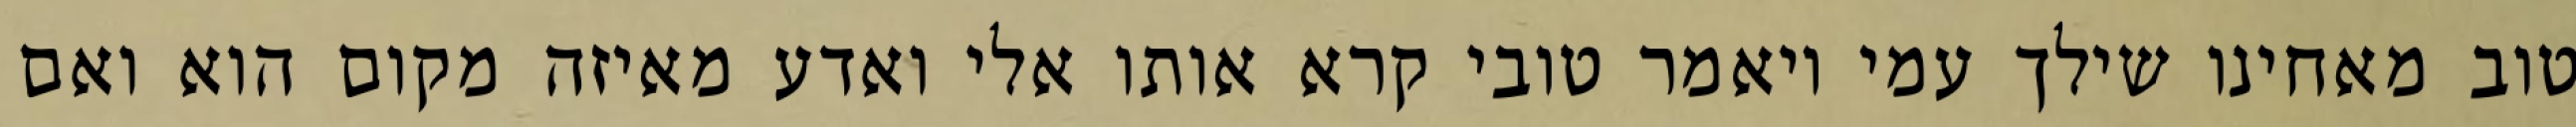
טוב מאחינו שילך עמי ויאמר טובי קרא אותו אלי ואדע מאיזה מקום הוא ואם